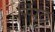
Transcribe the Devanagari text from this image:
स्पिंट